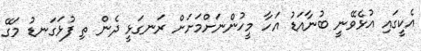
އެކީގައި އުޅެވޭނީ ބުނާއަޑު އަހާ މީހުންނަށްމަށަށް ރަނގަޅީ ދެން ތި ފުޅަގަނޑު މަގޭ